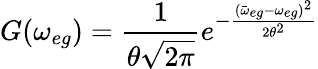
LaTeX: G(\omega_{eg})=\frac{1}{\theta\sqrt{2\pi}}e^{-\frac{(\bar{\omega}_{eg}-\omega_{eg})^{2}}{2\theta^{2}}}